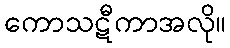
ကောသဋီကာအလို။